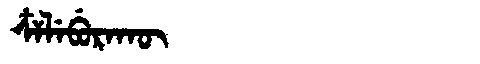
Manchu: ᠴᠶᠯᡝᠪᡠᡵᠠᡴᡡ
Romanization: CYLEBURAKŪ